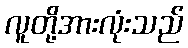
လူတို့အားလုံးသည်